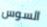
السوس